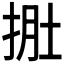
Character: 𭠾